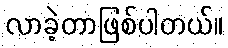
လာခဲ့တာဖြစ်ပါတယ်။